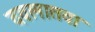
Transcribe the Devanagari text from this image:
दवलातवा